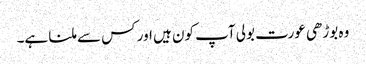
وہ بوڑھی عورت بولی آپ کون ہیں اور کس سے ملنا ہے۔